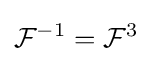
{\mathcal {F}}^{-1}={\mathcal {F}}^{3}